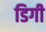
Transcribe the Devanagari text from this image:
डिगी